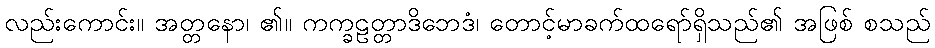
လည်းကောင်း။ အတ္တနော၊ ၏။ ကက္ခဠတ္တာဒိဘေဒံ၊ တောင့်မာခက်ထရော်ရှိသည်၏ အဖြစ် စသည်